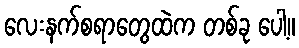
လေးနက်စရာတွေထဲက တစ်ခု ပေါ့။